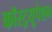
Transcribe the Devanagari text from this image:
कॉस्ट्रयूपेशन